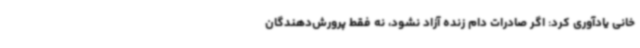
خانی یادآوری کرد: اگر صادرات دام زنده آزاد نشود، نه فقط پرورش‌دهندگان